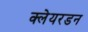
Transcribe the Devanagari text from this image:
क्लेयरडन